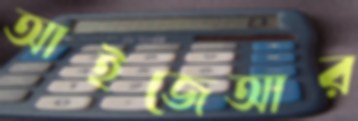
আইজেআর